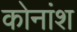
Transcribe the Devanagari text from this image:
कोनांश